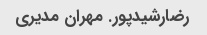
رضارشیدپور. مهران مدیری